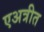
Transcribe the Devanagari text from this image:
एअत्रीत